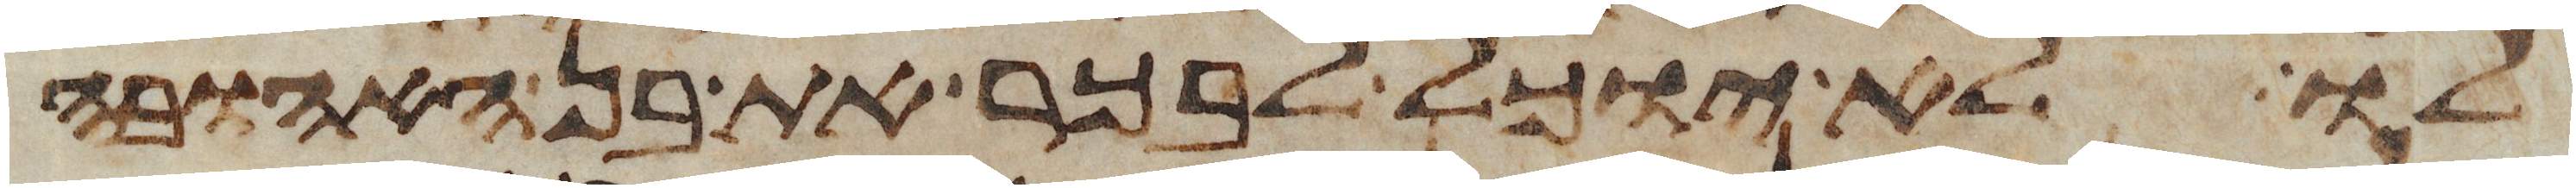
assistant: לו לא יוכל לבכר את בן האהובה